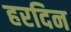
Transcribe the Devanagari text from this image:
हरदिन